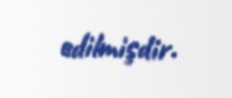
edilmişdir.